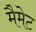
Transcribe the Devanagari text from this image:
मैमेट